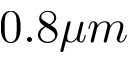
0 . 8 \mu m